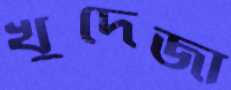
খুদেজা